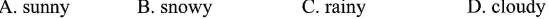
A. sunny B.Snowy C. rainy D.cloudy